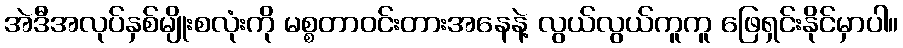
အဲဒီအလုပ်နှစ်မျိုးစလုံးကို မစ္စတာဝင်းတားအနေနဲ့ လွယ်လွယ်ကူကူ ဖြေရှင်းနိုင်မှာပါ။